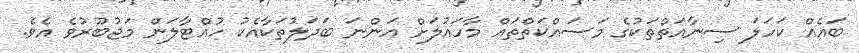
ބައެއް ކަހަލަ ސިނާއަތްތަކުގެ މަސައްކަތްތައް މާހައުލަށް އަންނަ ބަދަލުތަކާއެކު ހުއްޓާލަން މަޖުބޫރުވެ އެވެ.